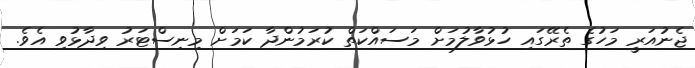
ޖެނުއަރީ މަހުގެ ތެރޭގައި ހުޅުވާލުމަށް މަސައްކަތް ކުރަމުންދާ ކަމަށް މިނިސްޓަރު ވިދާޅުވި އެވެ.